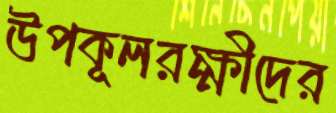
উপকূলরক্ষীদের